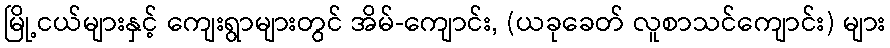
မြို့ငယ်များနှင့် ကျေးရွာများတွင် အိမ်-ကျောင်း, (ယခုခေတ် လူစာသင်ကျောင်း) များ